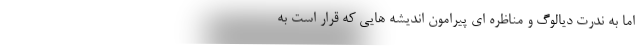
اما به ندرت دیالوگ و مناظره ای پیرامونِ اندیشه هایی که قرار است به